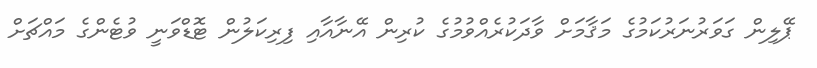
ޕޭލިން ގަވަރުނަރުކަމުގެ މަޤާމަށް ވާދަކުރެއްވުމުގެ ކުރިން އޭނާއާއި ފިރިކަލުން ޓޮޑްވަނީ ވުޓެންގެ މައްޗަށް